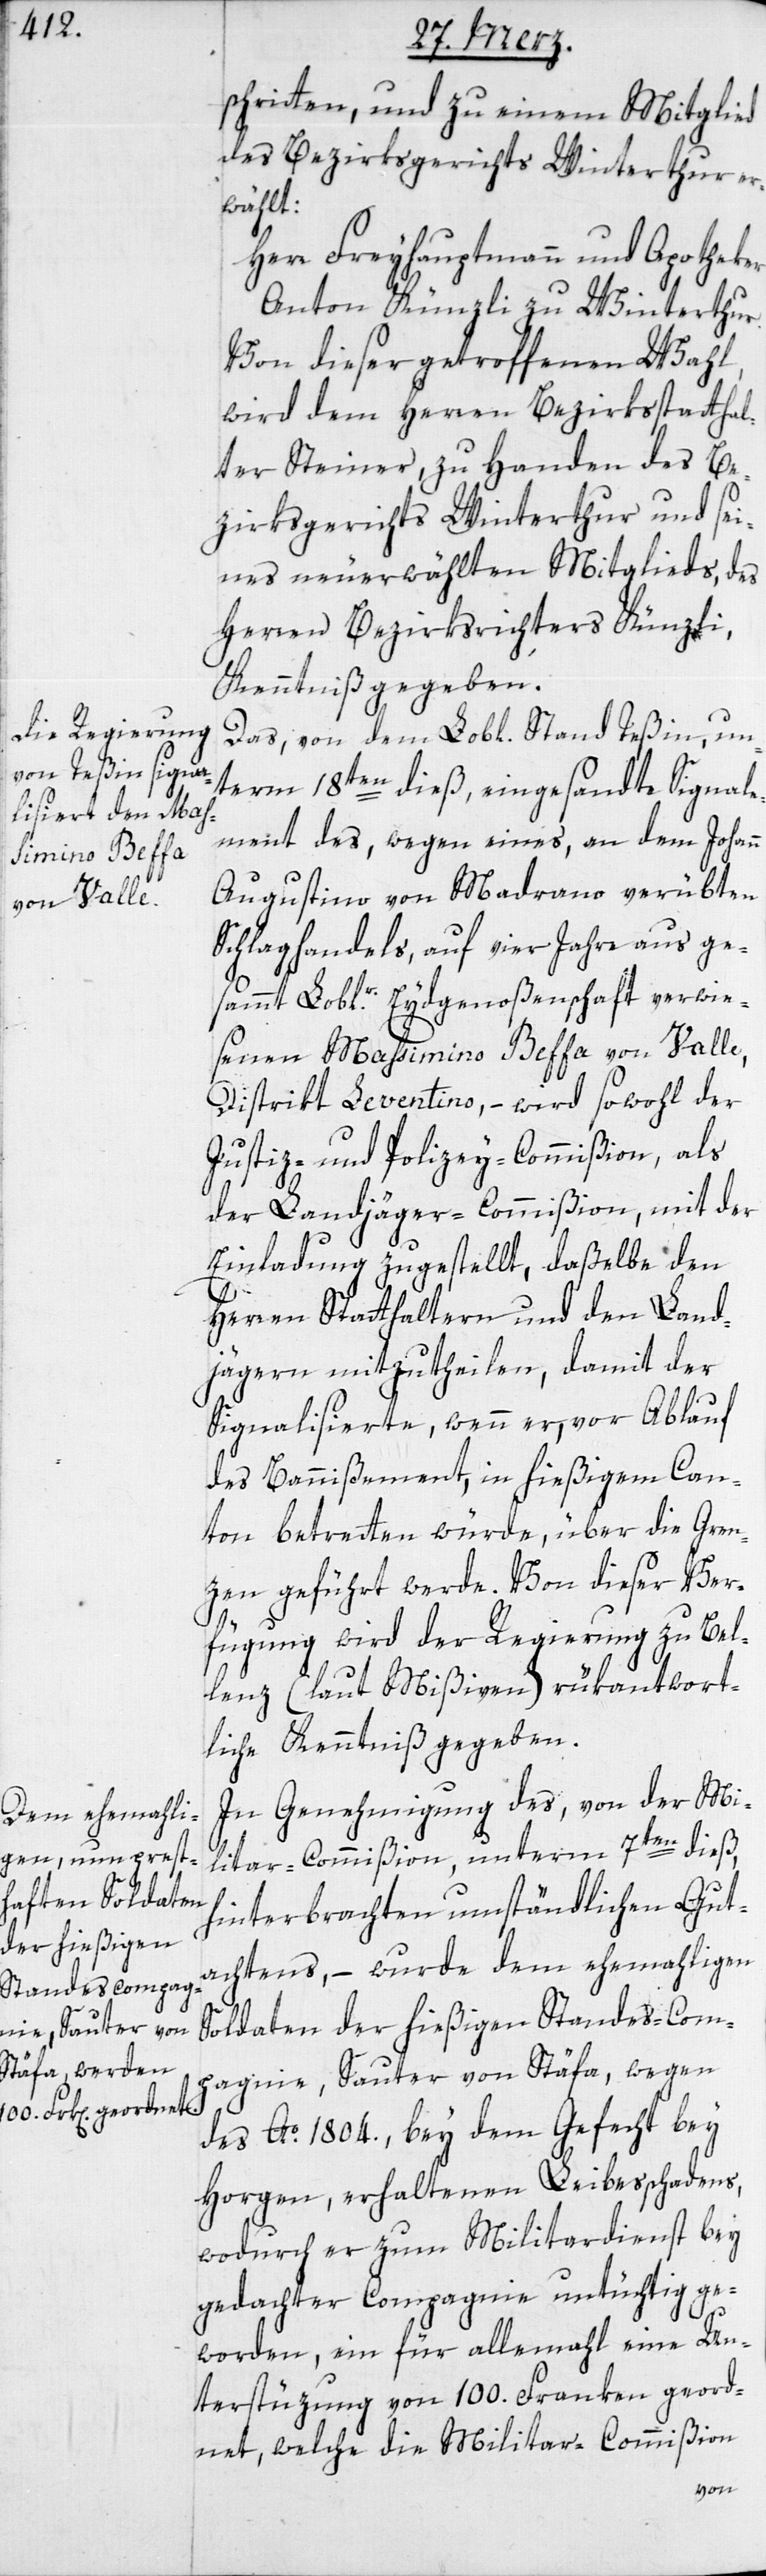
schritten, und zu einem Mitglied
des Bezirksgerichts Winterthur er¬
wählt:
Herr Freyhauptmann und Apotheker
Anton Künzli zu Winterthur.
Von dieser getroffenen Wahl,
wird dem Herren Bezirksstatthal¬
ter Steiner, zu Handen des Be¬
zirksgerichts Winterthur und sei¬
nes neu erwählten Mitglieds, des
Herren Bezirksrichters Künzli,
Kenntniß gegeben.
Das, von dem Lobl. Stand Teßin, un¬
term 18ten dieß, eingesandte Signale¬
ment des, wegen eines, an dem Johann
Augustino von Madrano verübten
Schlaghandels, auf vier Jahre aus ge¬
sammt Loblr. Eydgenoßenschaft verwie¬
senen Massimino Beffa von Valle,
Distrikt Leventino, – wird sowohl der
Justiz- und Polizey-Commißion, als
der Landjäger-Commißion, mit der
Einladung zugestellt, daßelbe den
Herren Statthaltern und den Land¬
jägern mitzutheilen, damit der
Signalisierte, wenn er vor Ablauf
des Bannißements, in hießigem Can¬
ton betretten würde, über die Gren¬
zen geführt werde. Von dieser Ver¬
fügung wird der Regierung zu Bel¬
lenz (laut Mißiven) rükantwort¬
liche Kenntniß gegeben.
In Genehmigung des, von der Mi¬
litar-Commißion, unterm 7ten dieß,
hinterbrachten umständlichen Gut¬
achtens, – wurde dem ehemahligen
Soldaten der hießigen Standes-Com¬
pagnie, Sauter von Stäfa, wegen
des Ao. 1804., bey dem Gefecht bey
Horgen, erhaltenen Leibesschadens,
wodurch er zum Militairdienst bey
gedachter Compagnie untüchtig ge¬
worden, ein für allemahl eine Un¬
terstüzung von 100. Franken geord¬
net, welche die Militar-Commißion